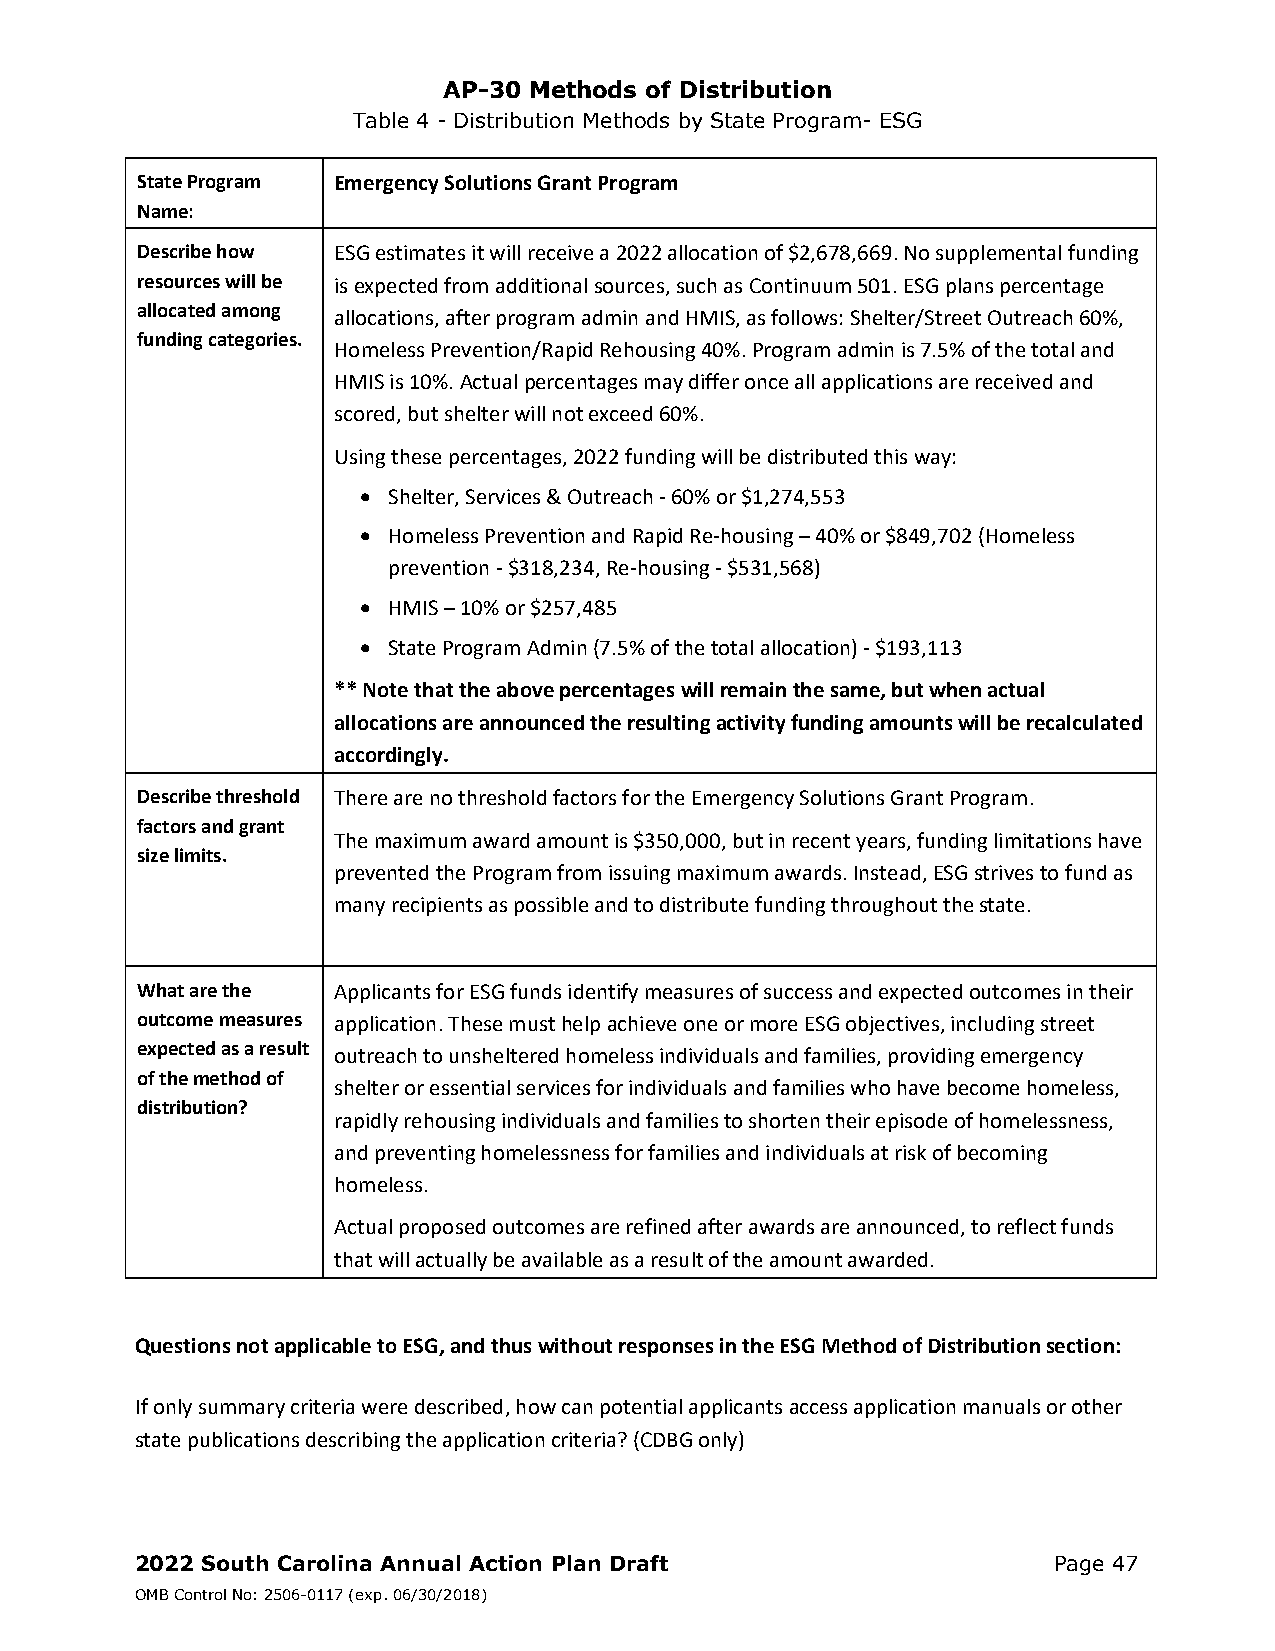
AP-30 Methods of Distribution
 Table 4 - Distribution Methods by State Program- ESG
 State Program Emergency Solutions Grant Program
 Name:
 Describe how ESG estimates it will receive a 2022 allocation of $2,678,669. No supplemental funding
 resources will be is expected from additional sources, such as Continuum 501. ESG plans percentage
 allocated among
 allocations, after program admin and HMIS, as follows: Shelter/Street Outreach 60%,
 funding categories.
 Homeless Prevention/Rapid Rehousing 40%. Program admin is 7.5% of the total and
 HMIS is 10%. Actual percentages may differ once all applications are received and
 scored, but shelter will not exceed 60%.
 Using these percentages, 2022 funding will be distributed this way:
  Shelter, Services & Outreach ‐ 60% or $1,274,553
  Homeless Prevention and Rapid Re‐housing – 40% or $849,702 (Homeless
 prevention ‐ $318,234, Re‐housing ‐ $531,568)
  HMIS – 10% or $257,485
  State Program Admin (7.5% of the total allocation) ‐ $193,113
 ** Note that the above percentages will remain the same, but when actual
 allocations are announced the resulting activity funding amounts will be recalculated
 accordingly.
 Describe threshold There are no threshold factors for the Emergency Solutions Grant Program.
 factors and grant
 The maximum award amount is $350,000, but in recent years, funding limitations have
 size limits.
 prevented the Program from issuing maximum awards. Instead, ESG strives to fund as
 many recipients as possible and to distribute funding throughout the state.
 What are the Applicants for ESG funds identify measures of success and expected outcomes in their
 outcome measures application. These must help achieve one or more ESG objectives, including street
 expected as a result
 outreach to unsheltered homeless individuals and families, providing emergency
 of the method of
 shelter or essential services for individuals and families who have become homeless,
 distribution?
 rapidly rehousing individuals and families to shorten their episode of homelessness,
 and preventing homelessness for families and individuals at risk of becoming
 homeless.
 Actual proposed outcomes are refined after awards are announced, to reflect funds
 that will actually be available as a result of the amount awarded.
 Questions not applicable to ESG, and thus without responses in the ESG Method of Distribution section:
 If only summary criteria were described, how can potential applicants access application manuals or other
 state publications describing the application criteria? (CDBG only)
 2022 South Carolina Annual Action Plan Draft                 Page 47
 OMB Control No: 2506-0117 (exp. 06/30/2018)